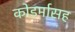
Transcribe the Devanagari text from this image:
कोडर्मासह